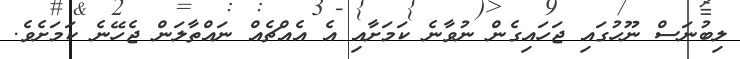
ލިބުނަސް ނޫހުގައި ޖަހައިގެން ނުވާނެ ކަމަށާއި އެ އެއްޗެއް ނައްތާލަން ޖެހޭނެ ކަމަށެވެ.